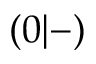
\left( 0 | - \right)